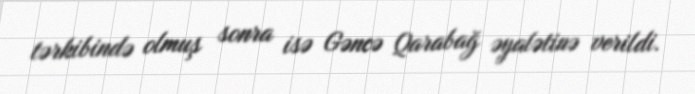
tərkibində olmuş sonra isə Gəncə Qarabağ əyalətinə verildi.